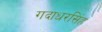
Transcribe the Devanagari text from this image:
गदाधरसिंह